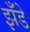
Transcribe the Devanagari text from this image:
झँडे